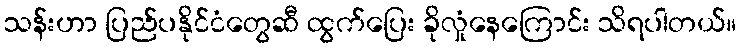
သန်းဟာ ပြည်ပနိုင်ငံတွေဆီ ထွက်ပြေး ခိုလှုံနေကြောင်း သိရပါတယ်။